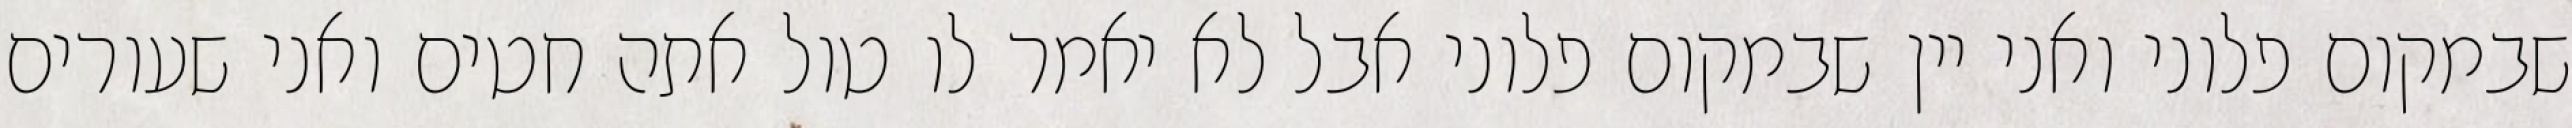
שבמקום פלוני ואני יין שבמקום פלוני אבל לא יאמר לו טול אתה חטים ואני שעורים